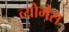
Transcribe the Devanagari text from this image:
व्योमेस